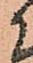
候